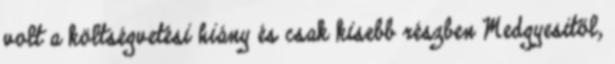
volt a költségvetési hiány és csak kisebb részben Medgyesitől,